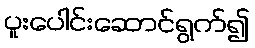
ပူးပေါင်းဆောင်ရွက်၍